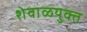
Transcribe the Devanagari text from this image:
शेवाळयुक्त